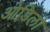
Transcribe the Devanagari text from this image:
ओडिलो